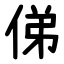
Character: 俤